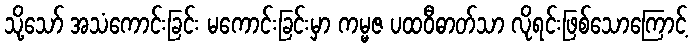
သို့သော် အသံကောင်းခြင်း မကောင်းခြင်းမှာ ကမ္မဇ ပထဝီဓာတ်သာ လိုရင်းဖြစ်သောကြောင့်